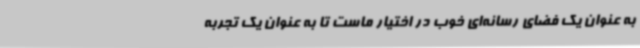
به عنوان یک فضای رسانه‌ای خوب در اختیار ماست تا به عنوان یک تجربه